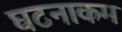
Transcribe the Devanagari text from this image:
घटनाकम